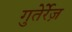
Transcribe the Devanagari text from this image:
गुतेर्रेज़